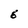
Character: 6